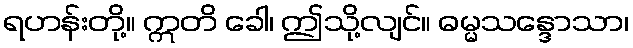
ရဟန်းတို့။ ဣတိ ခေါ၊ ဤသို့လျင်။ ဓမ္မသန္ဒောသာ၊